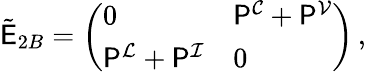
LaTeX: \begin{array}{r}{\tilde{\mathsf{E}}_{2B}=\left(\begin{array}{ll}{0}&{\mathsf{P}^{\mathcal{C}}+\mathsf{P}^{\mathcal{V}}}\\ {\mathsf{P}^{\mathcal{L}}+\mathsf{P}^{\mathcal{I}}}&{0}\end{array}\right)\, ,}\end{array}